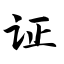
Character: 证